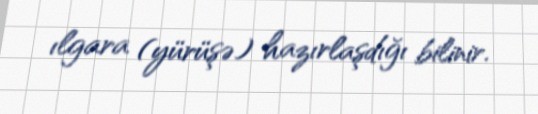
ılgara (yürüşə) hazırlaşdığı bilinir.